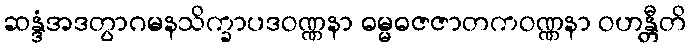
ဆန္ဒံအဒတွာဂမနသိက္ခာပဒဝဏ္ဏနာ ဓမ္မဓဇဇာတကဝဏ္ဏနာ ဝဟန္တီတိ